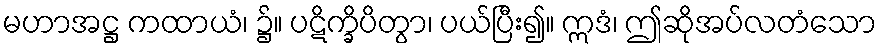
မဟာအဋ္ဌ ကထာယံ၊ ၌။ ပဋိက္ခိပိတွာ၊ ပယ်ပြီး၍။ ဣဒံ၊ ဤဆိုအပ်လတံသော